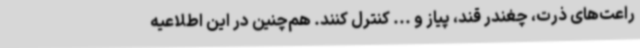
راعت‌های ذرت، چغندر قند، پیاز و ... کنترل کنند. هم‌چنین در این اطلاعیه